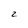
Character: 2